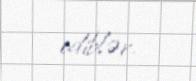
ediblər.